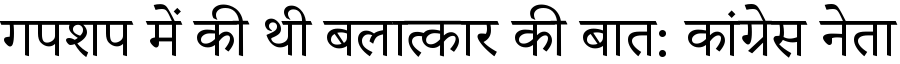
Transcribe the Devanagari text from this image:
गपशप में की थी बलात्कार की बात: कांग्रेस नेता